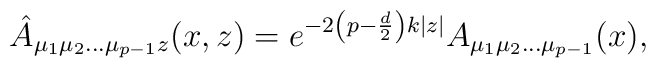
\hat A_{\mu_{1}\mu_{2}\ldots \mu_{p-1} z}(x,z)=e^{-2\left(p-\frac{d}{2}\right) k|z|}A_{\mu_{1}\mu_{2}\ldots\mu_{p-1}}(x),